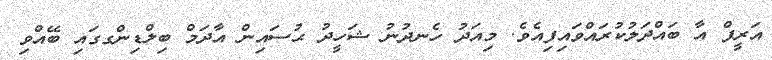
އަރީފް އާ ބައްދަލުކުރައްވައިފިއެވެ. މިއަދު ހެނދުނު ޝަހީދު ޙުސައިން އާދަމް ބިލްޑިންގގައި ބޭއްވި